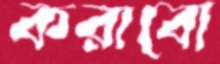
করাবো